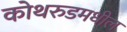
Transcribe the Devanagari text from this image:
कोथरुडमधील